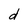
Character: d